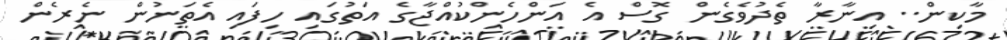
މާކިން.. އިނާރާ ތެދުވެގެން ގޮސް އެ އަންހެންކުއްޖާގެ އަތުގައި ހިފައި އެތަނުން ނެރެން